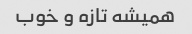
همیشه تازه و خوب